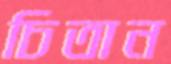
চিতান